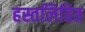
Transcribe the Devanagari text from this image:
हस्तलिहित